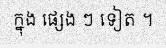
ក្នុង ផ្សេង ៗ ទៀត ។